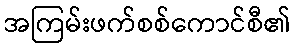
အကြမ်းဖက်စစ်ကောင်စီ၏